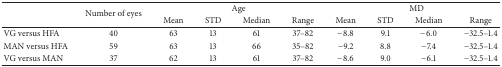
<table><thead><tr><td rowspan="2"></td><td rowspan="2"><b>Number of eyes</b></td><td colspan="4"><b> Age</b></td><td colspan="4"><b> MD</b></td></tr><tr><td><b>Mean</b></td><td><b>STD</b></td><td><b>Median</b></td><td><b>Range</b></td><td><b>Mean</b></td><td><b>STD</b></td><td><b>Median</b></td><td><b>Range</b></td></tr></thead><tbody><tr><td>VG versus HFA</td><td>40</td><td>63</td><td>13</td><td>61</td><td>37–82</td><td>−8.8</td><td>9.1</td><td>−6.0</td><td>−32.5–1.4</td></tr><tr><td>MAN versus HFA</td><td>59</td><td>63</td><td>13</td><td>66</td><td>35–82</td><td>−9.2</td><td>8.8</td><td>−7.4</td><td>−32.5–1.4</td></tr><tr><td>VG versus MAN</td><td>37</td><td>62</td><td>13</td><td>61</td><td>37–82</td><td>−8.6</td><td>9.0</td><td>−6.1</td><td>−32.5–1.4</td></tr></tbody></table>